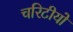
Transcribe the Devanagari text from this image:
चरिटीयों